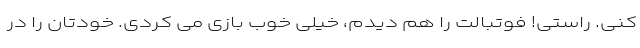
کنی. راستی! فوتبالت را هم دیدم، خیلی خوب بازی می کردی. خودتان را در